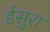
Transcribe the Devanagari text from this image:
ईसुरा